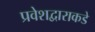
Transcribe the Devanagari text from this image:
प्रवेशद्वाराकडे